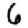
Digit: 6